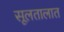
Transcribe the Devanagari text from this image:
सूलतालात